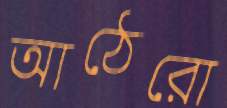
আঠেরো